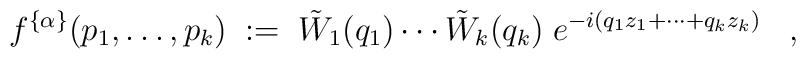
f^{\{\alpha\}}(p_1,\ldots,p_k) \;:=\;\tilde{W}_1(q_1) \cdots \tilde{W}_k(q_k) \;e^{-i (q_1 z_1+\cdots+q_k z_k)} \;\;\;,